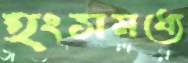
হংসমধ্যে